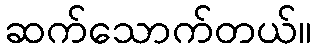
ဆက်သောက်တယ်။